Report of the Lahore Medical School Hospital
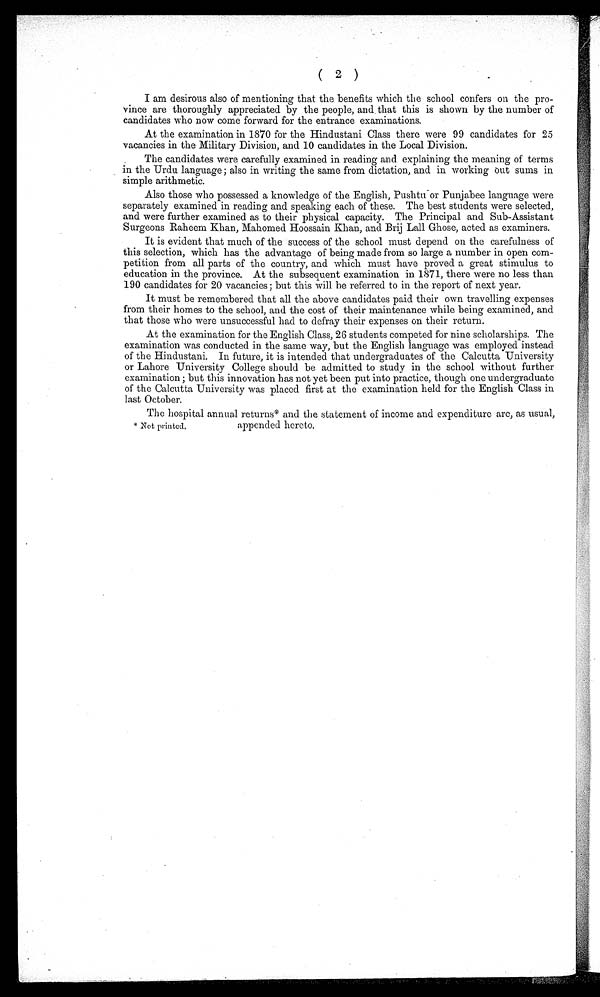
( 2 )
I am desirous also of mentioning that the benefits which the school confers on the pro-
vince are thoroughly appreciated by the people, and that this is shown by the number of
candidates who now come forward for the entrance examinations.
At the examination in 1870 for the Hindustani Class there were 99 candidates for 25
vacancies in the Military Division, and 10 candidates in the Local Division.
The candidates were carefully examined in reading and explaining the meaning of terms
in the Urdu language ; also in writing the same from dictation, and in working out sums in
simple arithmetic.
Also those who possessed a knowledge of the English, Pushtu or Punjabee language were
separately examined in reading and speaking each of these. The best students were selected,
and were further examined as to their physical capacity. The Principal and Sub-Assistant
Surgeons Raheem Khan, Mahomed Hoossain Khan, and Brij Lall Ghose, acted as examiners.
It is evident that much of the success of the school must depend on the carefulness of
this selection, which has the advantage of being made from so large a number in open com-
petition from all parts of the country, and which must have proved a great stimulus to
education in the province. At the subsequent examination in 1871, there were no less than
190 candidates for 20 vacancies ; but this will be referred to in the report of next year.
It must be remembered that all the above candidates paid their own travelling expenses
from their homes to the school, and the cost of their maintenance while being examined, and
that those who were unsuccessful had to defray their expenses on their return.
At the examination for the English Class, 26 students competed for nine scholarships. The
examination was conducted in the same way, but the English language was employed instead
of the Hindustani. In future, it is intended that undergraduates of the Calcutta University
or Lahore University College should be admitted to study in the school without further
examination ; but this innovation has not yet been put into practice, though one undergraduate
of the Calcutta University was placed first at the examination held for the English Class in
last October.
The hospital annual returns* and the statement of income and expenditure are, as usual,
appended hereto
. * Not printed.